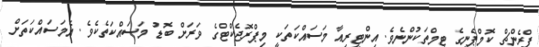
ފްރެންޗް ކޮމްޕެނީގެ ޓީމްތަކުންނެވެ. އިންޓީރިއާ މަސައްކަތަކީ މިޕްރޮޖެކްޓްގެ ވަރަށް ބޮޑު މަސައްކަތެކެވެ. އެމަސައްކަތަށް